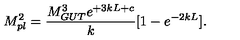
M _ { p l } ^ { 2 } = { \frac { M _ { G U T } ^ { 3 } e ^ { + 3 k L + c } } { \displaystyle k } } [ 1 - e ^ { - 2 k L } ] . \,